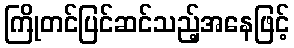
ကြိုတင်ပြင်ဆင်သည့်အနေဖြင့်